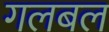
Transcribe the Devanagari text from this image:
गलबल